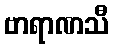
ဗာရာဏသီ